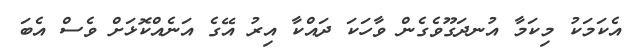
އެކަމަކު މިކަމާ އުނދަގޫވެގެން ވާހަކަ ދައްކާ އިރު އޭގެ އަނެއްކޮޅަށް ވެސް އެބަ